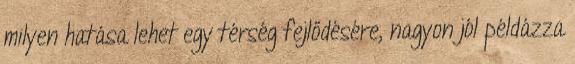
milyen hatása lehet egy térség fejlődésére, nagyon jól példázza